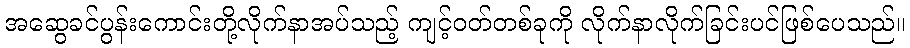
အဆွေခင်ပွန်းကောင်းတို့လိုက်နာအပ်သည့် ကျင့်ဝတ်တစ်ခုကို လိုက်နာလိုက်ခြင်းပင်ဖြစ်ပေသည်။